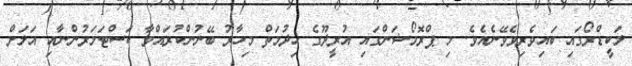
ލަކީޑްރޯގައި ބައިވެރިވެވޭނެއެވެ. މި ޕްރޮމޯޝަންގައި އުރީދޫގެ ޚިދުމަތް މިހާރު ބޭނުންކުރައްވާ ކަސްޓަމަރުންނާއި އަލަށް